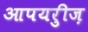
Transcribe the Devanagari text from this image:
आपयरुीज़